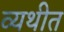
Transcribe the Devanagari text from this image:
व्यथीत